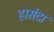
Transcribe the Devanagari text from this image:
हासंदा